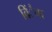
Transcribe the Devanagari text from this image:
विंैवा